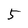
Character: 5